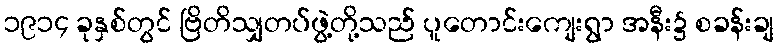
၁၉၁၄ ခုနှစ်တွင် ဗြိတိသျှတပ်ဖွဲ့တို့သည် ပူတောင်းကျေးရွာ အနီး၌ စခန်းချ